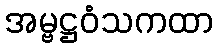
အမ္ဗဋ္ဌဝံသကထာ